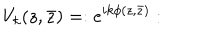
V _ { k } ( z , \bar { z } ) = : e ^ { i k \phi ( z , \bar { z } ) } :